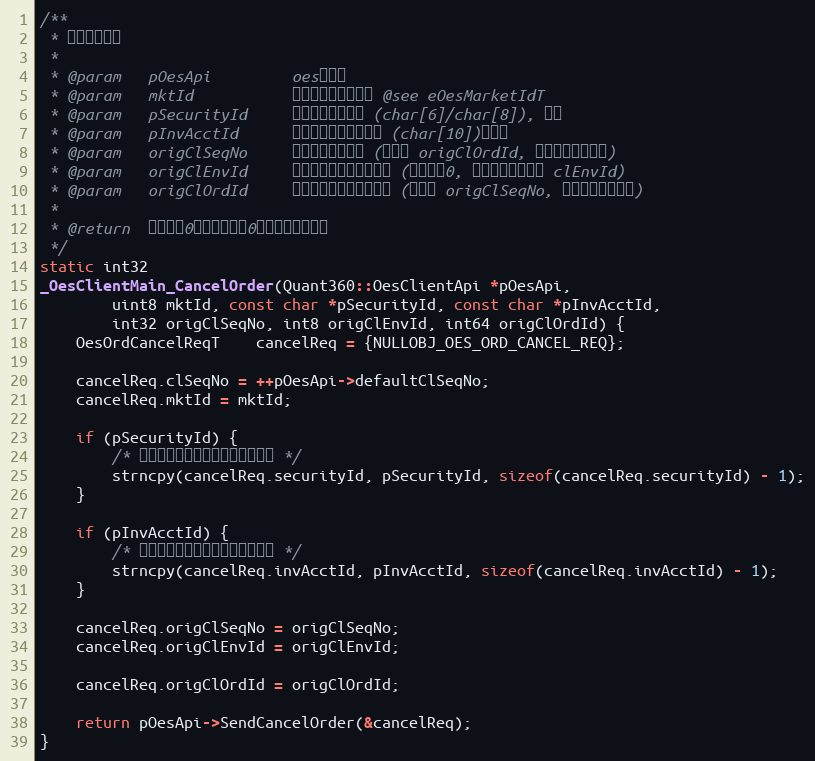
Language: C++
/**
 * 发送撤单请求
 *
 * @param   pOesApi         oes客户端
 * @param   mktId           被撤委托的市场代码 @see eOesMarketIdT
 * @param   pSecurityId     被撤委托股票代码 (char[6]/char[8]), 可空
 * @param   pInvAcctId      被撤委托股东账户代码 (char[10])，可空
 * @param   origClSeqNo     被撤委托的流水号 (若使用 origClOrdId, 则不必填充该字段)
 * @param   origClEnvId     被撤委托的客户端环境号 (小于等于0, 则使用当前会话的 clEnvId)
 * @param   origClOrdId     被撤委托的客户订单编号 (若使用 origClSeqNo, 则不必填充该字段)
 *
 * @return  大于等于0，成功；小于0，失败（错误号）
 */
static int32
_OesClientMain_CancelOrder(Quant360::OesClientApi *pOesApi,
        uint8 mktId, const char *pSecurityId, const char *pInvAcctId,
        int32 origClSeqNo, int8 origClEnvId, int64 origClOrdId) {
    OesOrdCancelReqT    cancelReq = {NULLOBJ_OES_ORD_CANCEL_REQ};

    cancelReq.clSeqNo = ++pOesApi->defaultClSeqNo;
    cancelReq.mktId = mktId;

    if (pSecurityId) {
        /* 撤单时被撤委托的股票代码可不填 */
        strncpy(cancelReq.securityId, pSecurityId, sizeof(cancelReq.securityId) - 1);
    }

    if (pInvAcctId) {
        /* 撤单时被撤委托的股东账户可不填 */
        strncpy(cancelReq.invAcctId, pInvAcctId, sizeof(cancelReq.invAcctId) - 1);
    }

    cancelReq.origClSeqNo = origClSeqNo;
    cancelReq.origClEnvId = origClEnvId;

    cancelReq.origClOrdId = origClOrdId;

    return pOesApi->SendCancelOrder(&cancelReq);
}